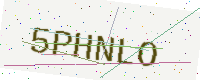
Text: 5PHNLO